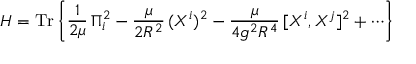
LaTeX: H = \mathrm { T r } \left\{ \frac { 1 } { 2 \mu } \, \Pi _ { i } ^ { 2 } - \frac { \mu } { 2 R ^ { 2 } } \, ( X ^ { i } ) ^ { 2 } - \frac { \mu } { 4 g ^ { 2 } R ^ { 4 } } \, [ X ^ { i } , X ^ { j } ] ^ { 2 } + \cdots \right\}